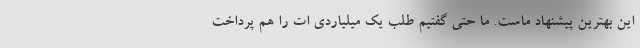
این بهترین پیشنهاد ماست. ما حتی گفتیم طلب یک میلیاردی ات را هم پرداخت